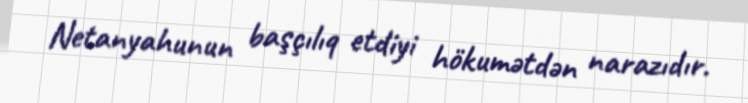
Netanyahunun başçılıq etdiyi hökumətdən narazıdır.